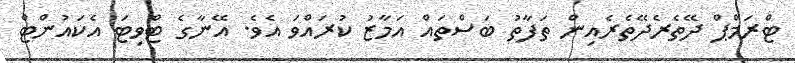
ޓްރަމްޕް ދޭތެރެދޭތެރެއިން ތަފާތު ބަސްތައް އަމާޒު ކުރައްވަ އެވެ. އޭނާގެ ޓްވިޓަ އެކައުންޓް